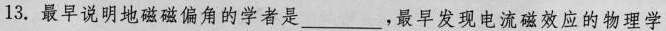
13.最早说明地磁磁偏角的学者是___，最早发现电流磁效应的物理学